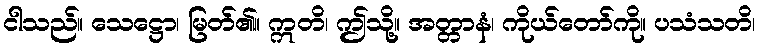
ငါသည်။ သေဋ္ဌော၊ မြတ်၏။ ဣတိ၊ ဤသို့။ အတ္တာနံ၊ ကိုယ်တော်ကို။ ပသံသတိ၊